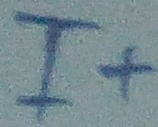
Text: I+